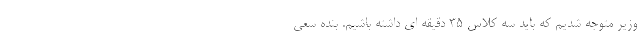
وزیر متوجه شدیم که باید سه کلاس ۳۵ دقیقه ای داشته باشیم. بنده سعی